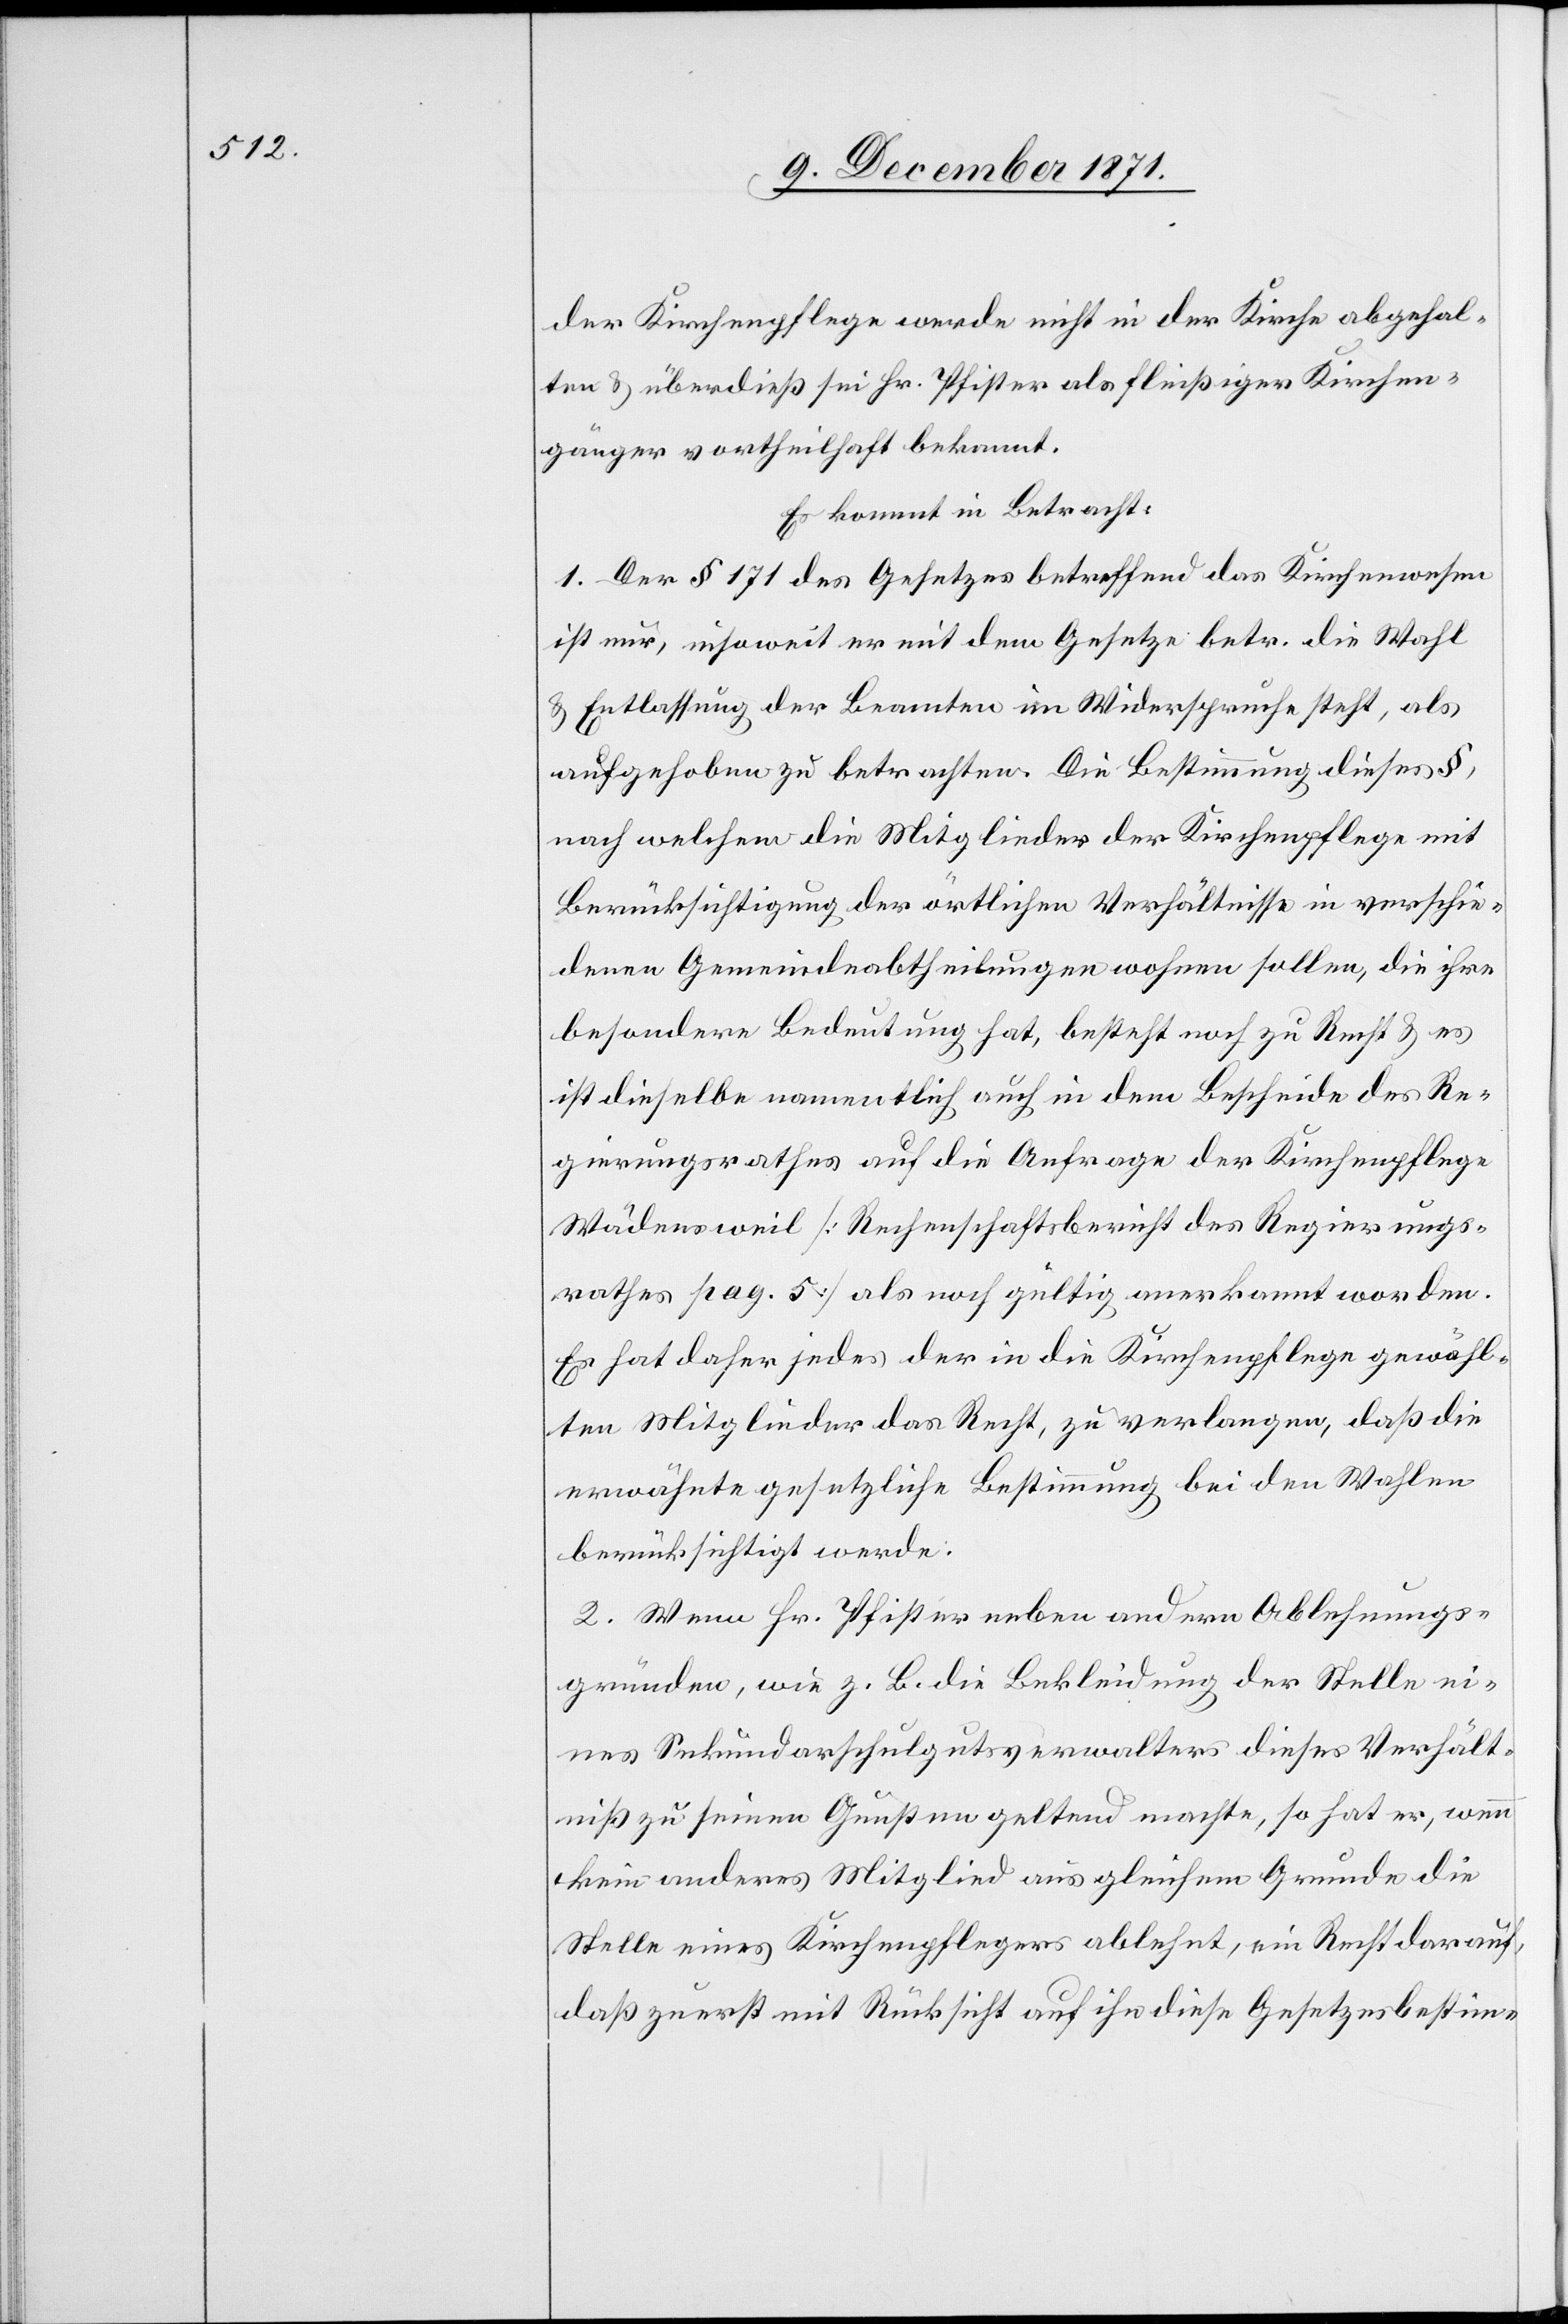
der Kirchenpflege werde nicht in der Kirche abgehal¬
ten & überdieß sei Hr. Pfister als fleißiger Kirchen¬
gänger vortheilhaft bekannt.
Es kommt in Betracht:
1. Der §171 des Gesetzes betreffend das Kirchenwesen
ist nur, insoweit er mit dem Gesetze betr. die Wahl
& Entlassung der Beamten in Widerspruch steht, als
aufgehoben zu betrachten. Die Bestimmung dieses §,
nach welchem die Mitglieder der Kirchenpflege mit
Berücksichtigung der örtlichen Verhältnisse in verschie¬
denen Gemeindeabtheilungen wohnen sollen, die ihre
besondere Bedeutung hat, besteht noch zu Recht & es
ist dieselbe namentlich auch in dem Bescheide des Re¬
gierungsrathes auf die Anfrage der Kirchenpflege
Wädensweil [Rechenschaftsbericht des Regierungs¬
rathes pag. 5] als noch gültig anerkannt worden.
Es hat daher jedes der in die Kirchenpflege gewähl¬
ten Mitglieder das Recht, zu verlangen, daß die
erwähnte gesetzliche Bestimmung bei den Wahlen
berücksichtigt werde.
2. Wenn Hr. Pfister neben andern Ablehnungs¬
gründen, wie z. B. die Bekleidung der Stelle ei¬
nes Sekundarschulgutsverwalters dieses Verhält¬
niß zu seinen Gunsten geltend machte, so hat er, wenn
kein anderes Mitglied aus gleichem Grunde die
Stelle eines Kirchenpflegers ablehnt, ein Recht darauf,
daß zuerst mit Rücksicht auf ihn diese Gesetzesbestim-